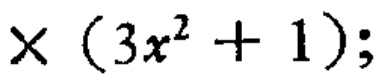
$x(3x^{2}+1);$